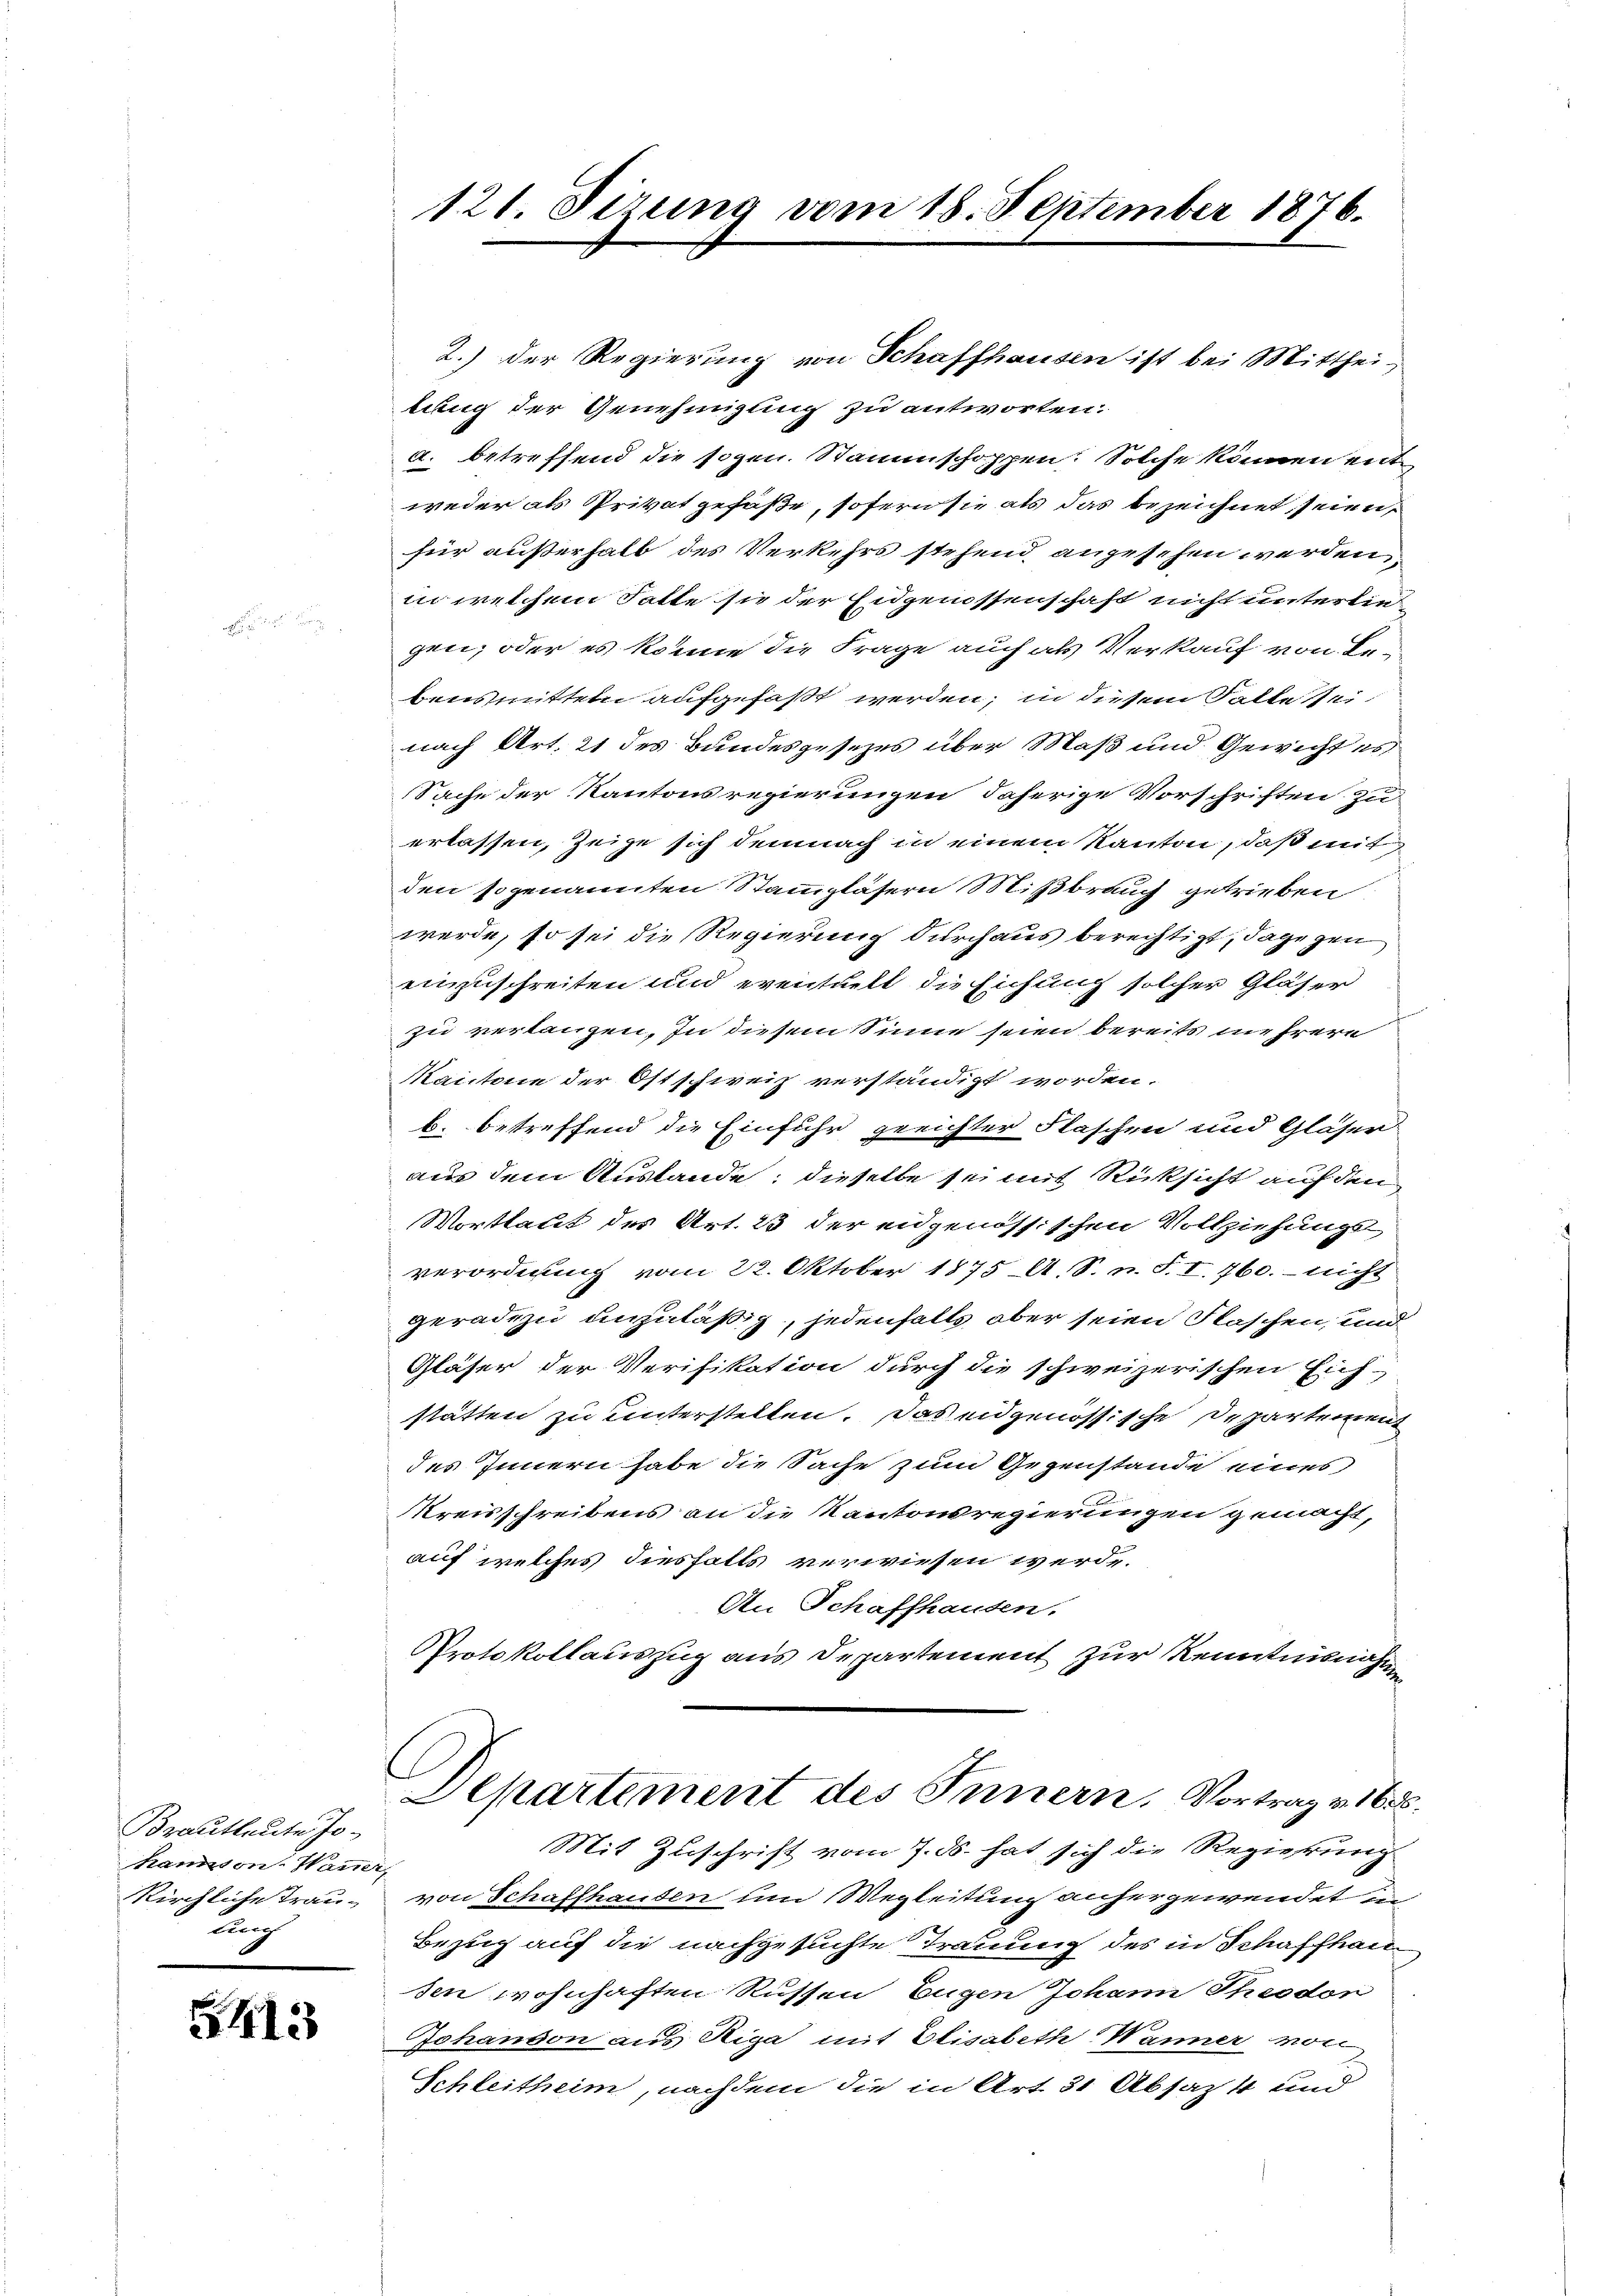
Brautleute Jo¬
Kanon. Wanner,
Kirchliche Trau-
Lung

415

2.) Der Regierung von Schaffhausen ist bei Mitthei-
tung der Genehmigung zu antworten.
a. betreffend die sogen. Stammschoppen. Solche können ent
weder als Privat gefaße, sofern sie als das bezeichnet seien,
für außerhalb des Verkehrs stehend angesehen werden,
in welchem Satte sie der Eidgenossenschaft nicht unterlie
gen, oder es könne die Frage auch als Verkauf von Bebensmitteln aufgefaßt werden; in diesem Falle sei,
nach Art. 21 des Bundesgesezes über Maß und Gewicht es
Sache der Kantonsregierungen daherige Vorschriften zu
erlassen, zeige sich demnach in einem Kanton, daß mit
den sogenannten Stammgläsern Mißbrauch getrieben
werde, so sei die Regierung durchaus berechtigt, dagegen
einzuschreiten und eventuell die Eichung solcher Gläser
zu verlangen, in diesem Sinne seien bereits mehrere
Kantone der Ostschweiz verständigt worden.
b. betreffend die Einfuhr geeichter Flaschen und Glaser
aus dem Austande, dieselbe sei mit Rücksicht auf den
Wortlaut des Art. 23 der eidgenössischen Vollziehungs
verordnung vom 22. Oktober 1875 A. S. n. F. I. 760.- nicht
geradezu unzuläßig, jedenfalls aber seien Flaschen, und
Gläser der Verifikation durch die schweizerischen Eich-
stätten zu unterstellen. Das eidgenössische Departement
des Innern habe die Sache zum Gegenstande eines
Kreisschreibens an die Kantonsregierungen gemacht,
auf welches diesfalls verwiesen werde.
An Schaffhausen.
Protokollauszug aus Departement zur Kenntnisnahme
Eepartement des Innern, Vortrag v. 166.
Mit Zuschrift vom 7. ds. hat sich die Regierung
von Schaffhausen um Wegleitung anhergewendet in
Bezug auf die nachgesuchte Trauung des in Schaffhau
sen wohnhaften Russen Eugen Johann Theodon
Jchanson aus Riga mit Elisabeth Wanner von
Schleitheim, nachdem die in Art. 31 Absaht und

121. Sizung vom 18. September 1876.